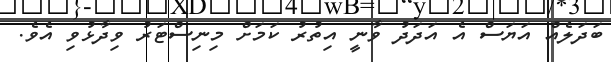
ބަދަލެއް އަޔަސް އެ އަދަދު ވާނީ އިތުރު ކަމަށް މިނިސްޓަރު ވިދާޅުވި އެވެ.